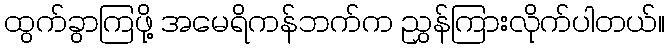
ထွက်ခွာကြဖို့ အမေရိကန်ဘက်က ညွှန်ကြားလိုက်ပါတယ်။